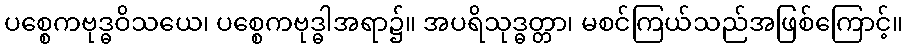
ပစ္စေကဗုဒ္ဓဝိသယေ၊ ပစ္စေကဗုဒ္ဓါအရာ၌။ အပရိသုဒ္ဓတ္တာ၊ မစင်ကြယ်သည်အဖြစ်ကြောင့်။